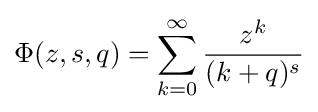
\Phi (z,s,q)=\sum _{k=0}^{\infty }{\frac {z^{k}}{(k+q)^{s}}}